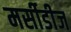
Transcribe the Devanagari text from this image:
मर्सीडीज